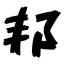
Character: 邦